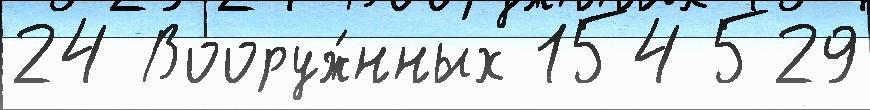
24 Вооруж́нных 154 529